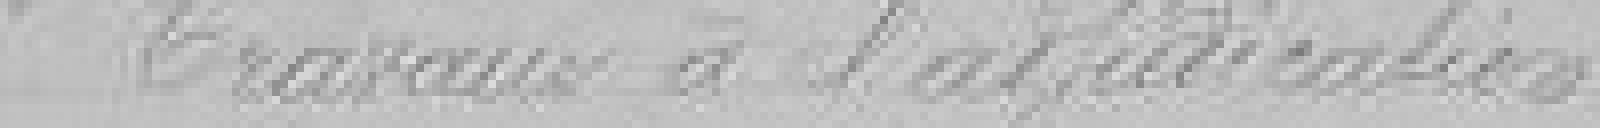
Travaux à l'adjudication